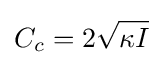
C_{c}=2{\sqrt {\kappa I}}